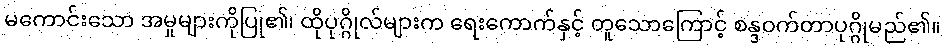
မကောင်းသော အမှုများကိုပြု၏၊ ထိုပုဂ္ဂိုလ်များက ရေးကောက်နှင့် တူသောကြောင့် စန္ဒဝက်တာပုဂ္ဂိုမည်၏။